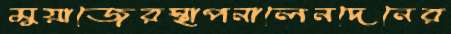
মুয়াজেরস্থাপনালেনদেনের